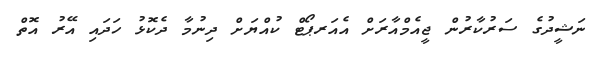
ނަޝީދުގެ ސަރުކާރުން ޖީއެމްއާރަށް އެއަރޕޯޓް ކުއްޔަށް ދިނުމާ ދެކޮޅު ހަދައި އޭރު އޮތް